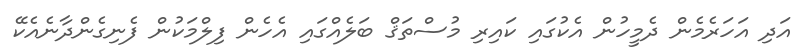
އަދި އަހަރެމެން ދެމީހުން އެކުގައި ކައިރި މުސްތަޤް ބަލެއްގައި އެހެން ފިލްމަކުން ފެނިގެންދާނެއެކޭ